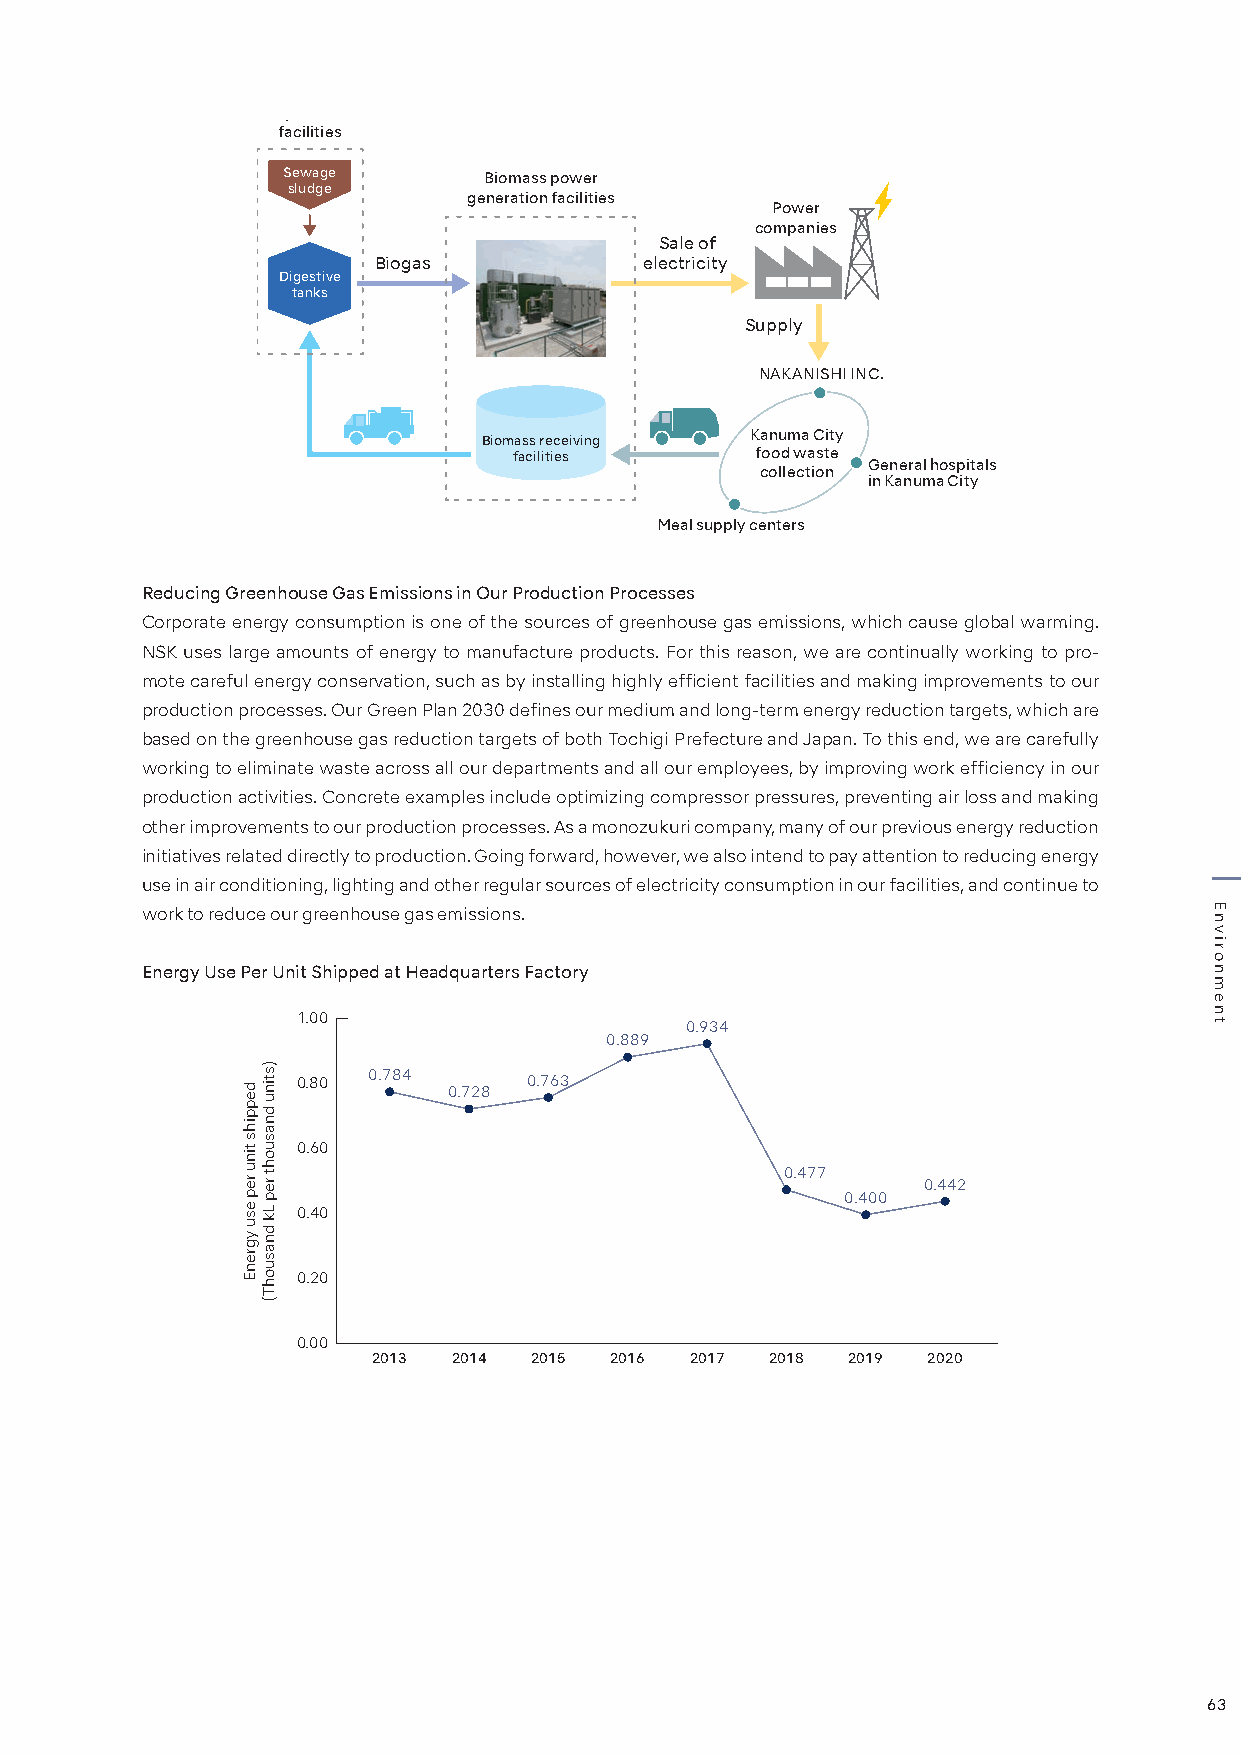
Sewage treatment
 facilities
 Sewage       Biomass power
 sludge
 generation facilities
 Power
 companies
 Sale of
 Biogas            electricity
 Digestive
 tanks
 Supply
 NAKANISHI INC.
 Biomass receiving Kanuma City
 facilities      food waste
 General hospitals
 collection
 in Kanuma City
 Meal supply centers
 Reducing Greenhouse Gas Emissions in Our Production Processes
 Corporate energy consumption is one of the sources of greenhouse gas emissions, which cause global warming.
 NSK uses large amounts of energy to manufacture products. For this reason, we are continually working to pro-
 mote careful energy conservation, such as by installing highly efficient facilities and making improvements to our
 production processes. Our Green Plan 2030 defines our medium and long-term energy reduction targets, which are
 based on the greenhouse gas reduction targets of both Tochigi Prefecture and Japan. To this end, we are carefully
 working to eliminate waste across all our departments and all our employees, by improving work efficiency in our
 production activities. Concrete examples include optimizing compressor pressures, preventing air loss and making
 other improvements to our production processes. As a monozukuri company, many of our previous energy reduction
 initiatives related directly to production. Going forward, however, we also intend to pay attention to reducing energy
 use in air conditioning, lighting and other regular sources of electricity consumption in our facilities, and continue to
 work to reduce our greenhouse gas emissions.
 Energy Use Per Unit Shipped at Headquarters Factory
 1.00
 0.934
 0.889
 0.80 0.784     0.763 0.728
 0.60
 0.477    0.442
 0.400
 0.40
 0.20
 0.00
 2013 2014 2015 2016  2017 2018 2019 2020
 63
 deppihs
 tinu
 rep
 esu
 ygrenE
 )stinu
 dnasuoht
 rep
 Lk
 dnasuohT(
 Environment